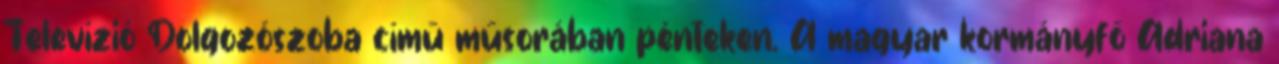
Televízió Dolgozószoba című műsorában pénteken. A magyar kormányfő Adriana